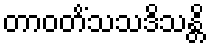
တာဝတိံသသဒိသန္တိ